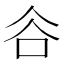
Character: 𧮫